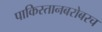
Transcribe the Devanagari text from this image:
पाकिस्तानबरोबरच